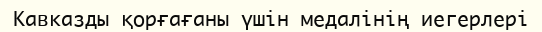
Кавказды қорғағаны үшін медалінің иегерлері